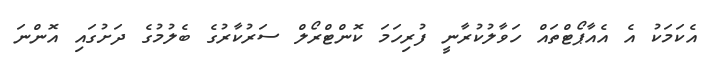
އެކަމަކު އެ އެއާޕޯޓްތައް ހަވާލުކުރާނީ ފުރިހަމަ ކޮންޓްރޯލް ސަރުކާރުގެ ބެލުމުގެ ދަށުގައި އޮންނަ